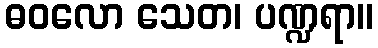
ဓဝလော သေတ၊ ပဏ္ဍရာ။